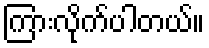
ကြားလိုက်ပါတယ်။